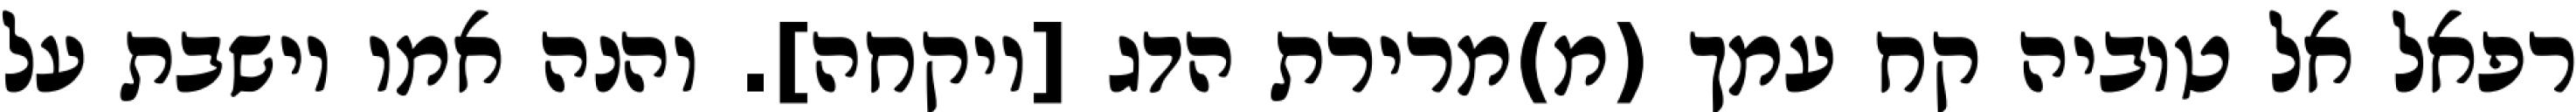
רפאל אל טוביה קח עמך (מ)מרירת הדג [ויקחה]. והנה אמו יושבת על